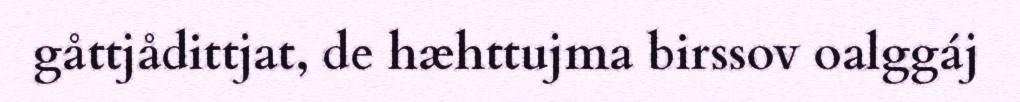
gåttjådittjat, de hæhttujma birssov oalggáj